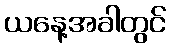
ယနေ့အခါတွင်